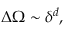
\Delta \Omega \sim \delta ^ { d } ,